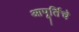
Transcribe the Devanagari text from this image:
आपूर्तिचे